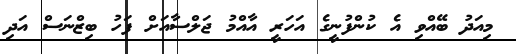
މިއަދު ބޭއްވި އެ ކުންފުނީގެ އަހަރީ އާއްމު ޖަލްސާއަށް ފަހު ބިޒްނަސް އަދި